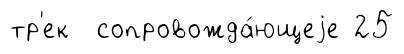
тр'ек сопровожда́ющеjе 25